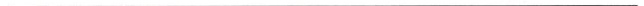
___